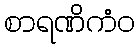
စာရဏိကံဝ